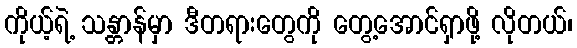
ကိုယ့်ရဲ့ သန္တာန်မှာ ဒီတရားတွေကို တွေ့အောင်ရှာဖို့ လိုတယ်၊